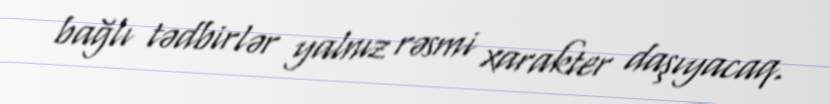
bağlı tədbirlər yalnız rəsmi xarakter daşıyacaq.